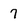
Character: 7